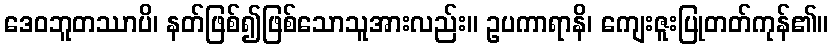
ဒေဝဘူတဿာပိ၊ နတ်ဖြစ်၍ဖြစ်သောသူအားလည်း။ ဥပကာရာနိ၊ ကျေးဇူးပြုတတ်ကုန်၏။